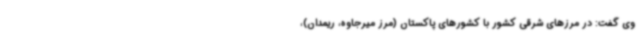
وی گفت: در مرزهای شرقی کشور با کشورهای پاکستان (مرز میرجاوه، ریمدان)،